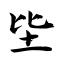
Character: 坒